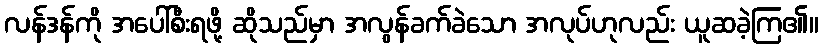
လန်ဒန်ကို အပေါ်စီးရဖို့ ဆိုသည်မှာ အလွန်ခက်ခဲသော အလုပ်ဟုလည်း ယူဆခဲ့ကြ၏။